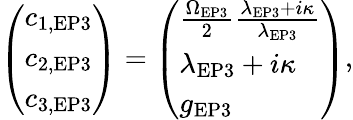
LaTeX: \left(\begin{array}{l}{c_{1,\textrm{EP3}}}\\ {c_{2,\textrm{EP3}}}\\ {c_{3,\textrm{EP3}}}\end{array}\right)=\left(\begin{array}{l}{\frac{\Omega_{\textrm{EP3}}}{2}\frac{\lambda_{\textrm{EP3}}+i\kappa}{\lambda_{\textrm{EP3}}}}\\ {\lambda_{\textrm{EP3}}+i\kappa}\\ {g_{\textrm{EP3}}}\end{array}\right),